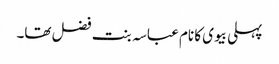
پہلی بیوی کا نام عباسہ بنت فضل تھا۔